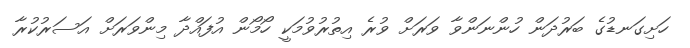
ހަށިގަނޑުގެ ބަރުދަން ހުންނަންވާ ވަރަށް ވުރެ އިތުރުވުމަކީ ހޯމޯން އުފައްދާ މިންވަރަށް އަސަރުކުރާ